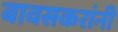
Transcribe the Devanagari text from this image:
बावसकरांनी